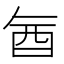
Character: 𮠖